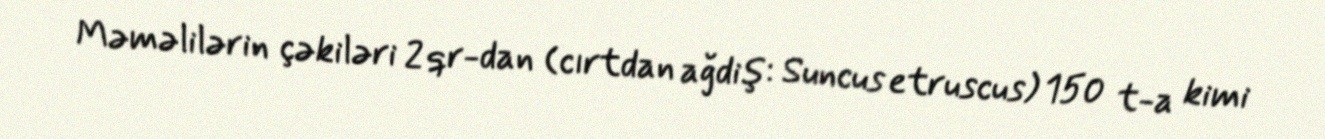
Məməlilərin çəkiləri 2 qr-dan (cırtdan ağdiş: Suncus etruscus) 150 t-a kimi